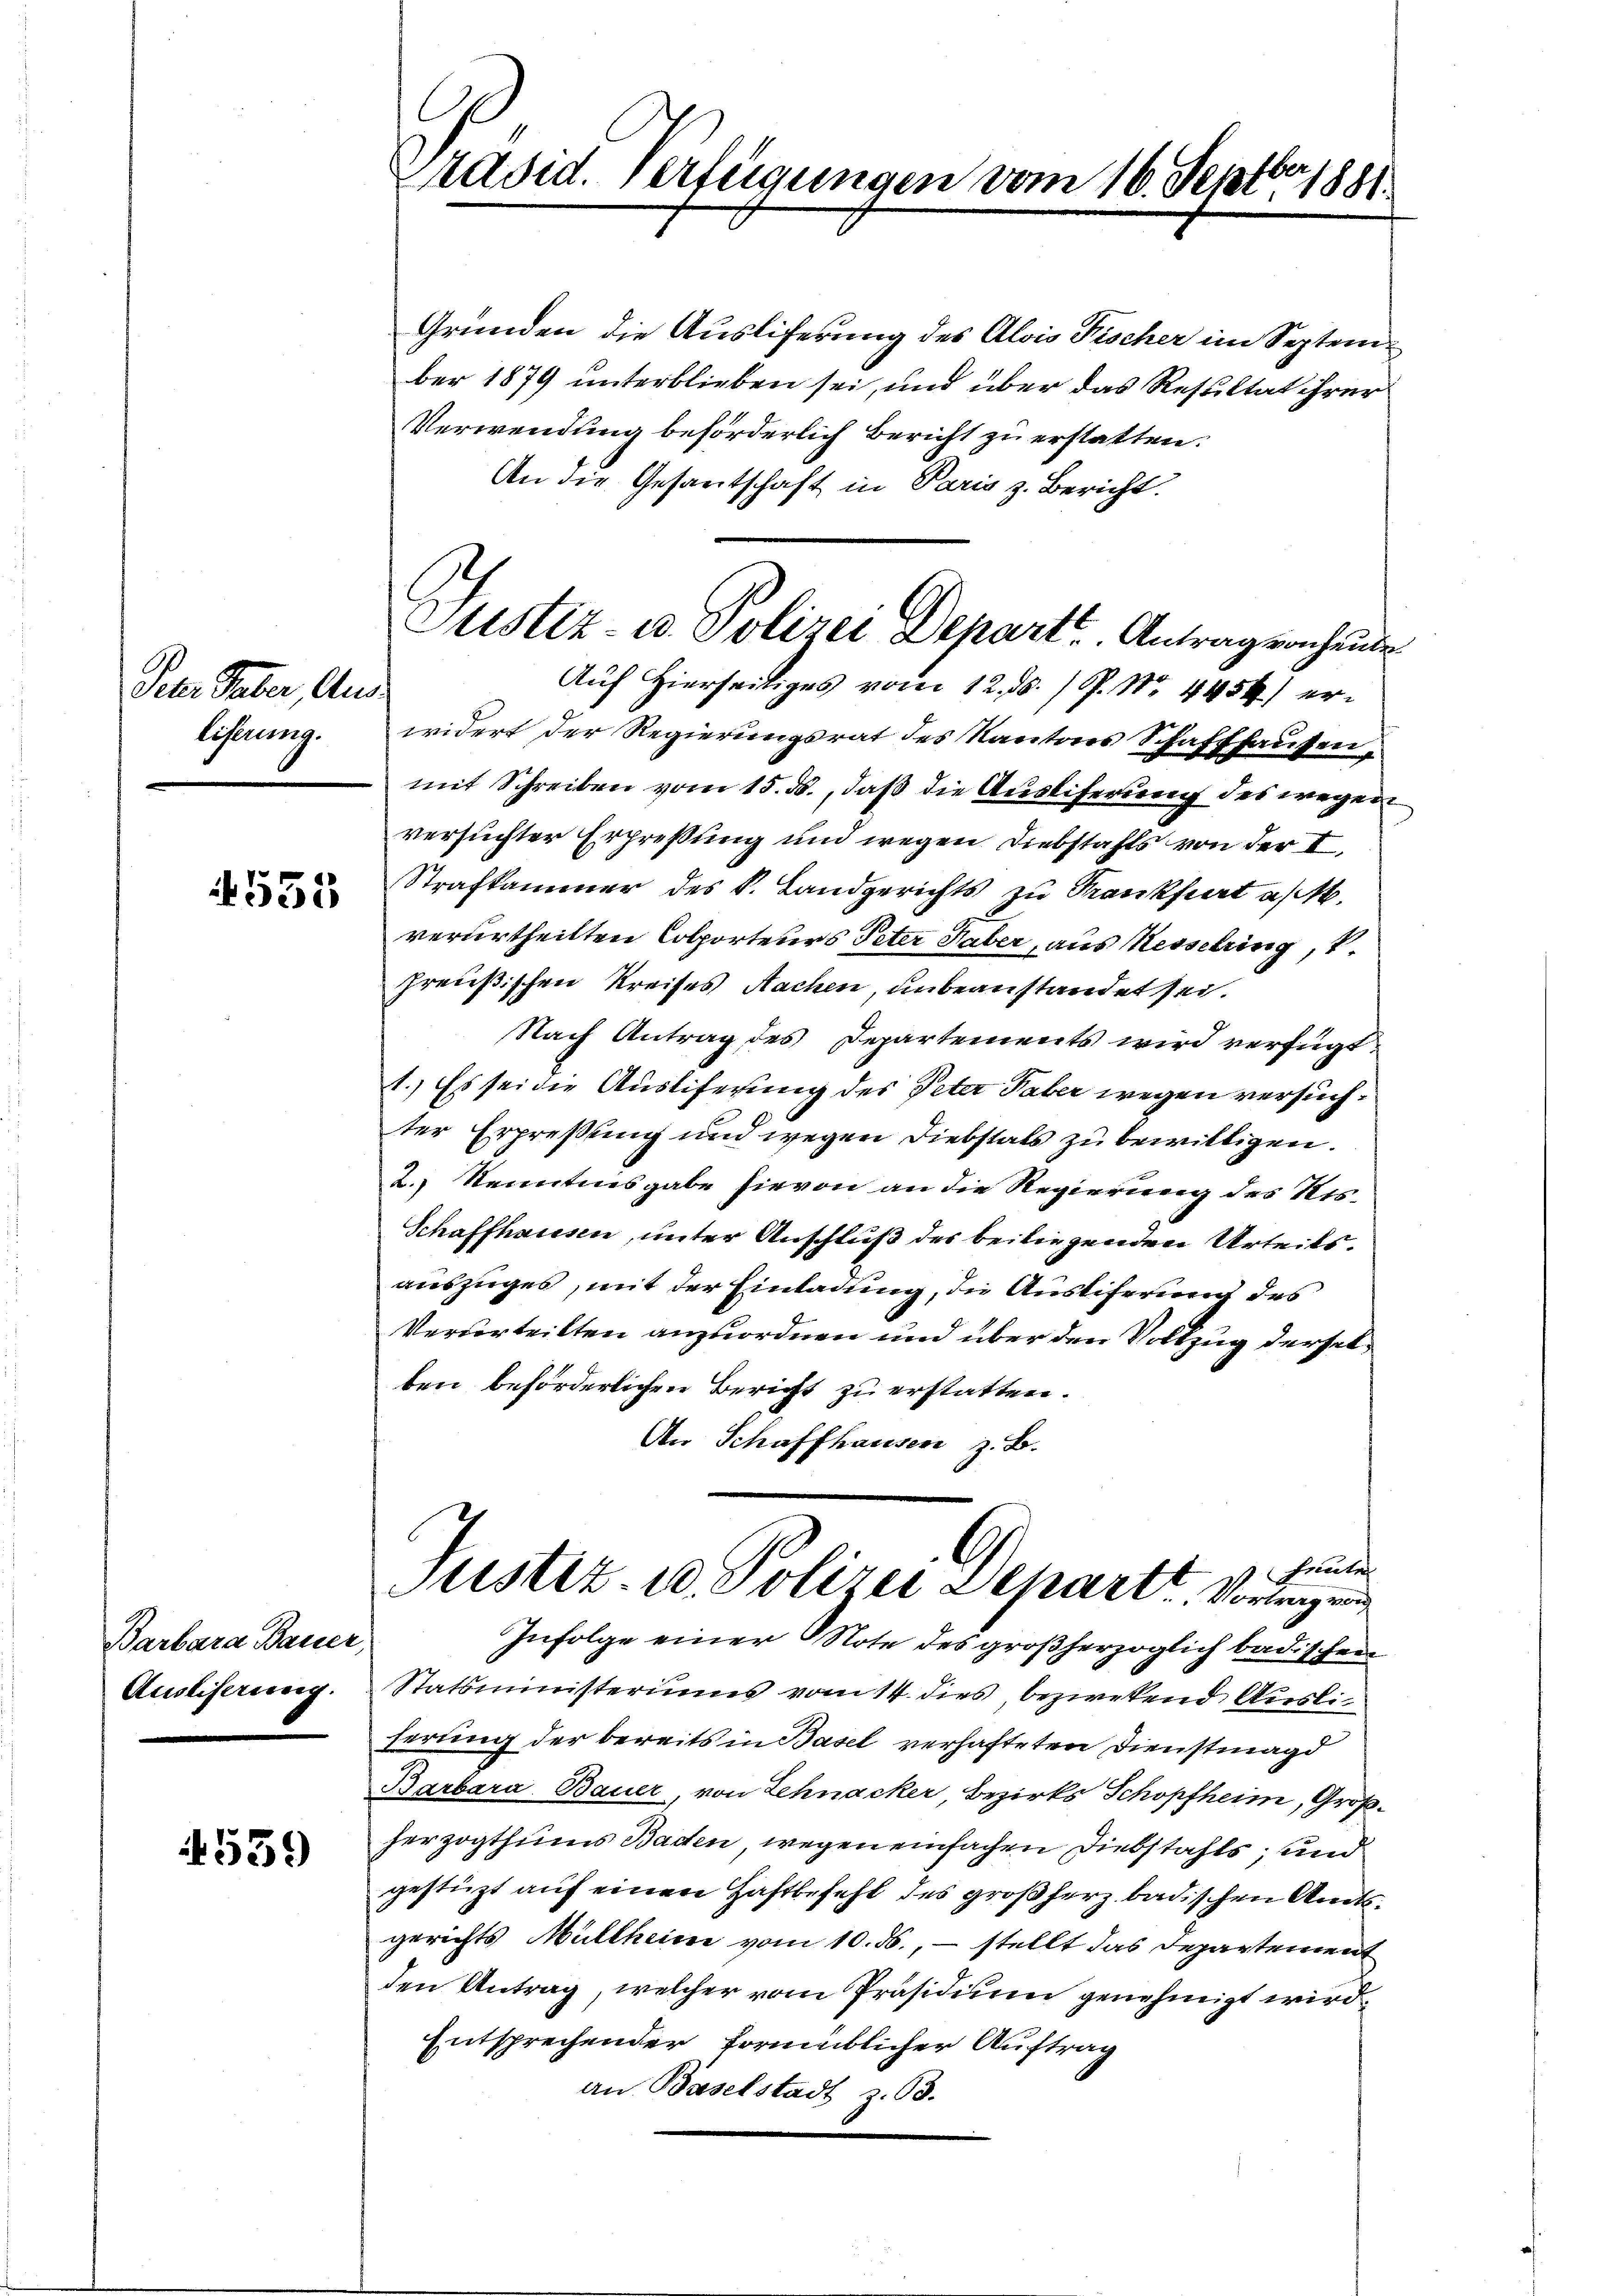
Peter aber, Aus-
liferung.

4555

Barbara Bauer,
Ausliserung.

4539

Präsid. Verfügungen vom 16. Septbr. 1881.

Gründen die Ausliferung des Alois Fischer im September 1879 unterblieben sei, und über das Resultat ihrer
Verwendung beförderlich Bericht zu erstatten.
An die Gesantschaft in Paris z. Bericht.
widert der Regierungsrat des Kantons Schaffhausenmit Schreiben vom 15. ds., daß die Auslieferung des wegen
versuchter Erpreßung und wegen Diebstahls von der I.
Strafkammer des k. Landgerichts zu Trankfurt a/M.
verurtheilten Colporteurs Peter Taber, aus Kesselringt.
preußischen Kreises Nachen, unbeanstandet sei.
Nach Antrag des Departements wird verfügt:
1.) Es sei die Ausliferung des Peter Taber wegen versuchter Erpreßung und wegen Diebstals zu bewilligen.
2. Kenntensgabe hievon an die Regierung des Ris-
Schaffhausen, unter Anschluß des beiliegenden Urteilsauszuges, mit der Einladung, die Ausliferung des
Vervorteilten anzuordnen und über den Vollzug derselben beförderlichen Bericht zu erstatten.
An Schaffhausen z. B.
G
haute
Justiz- u. Polizei Separte Vortrage
Infolge einer Note des großherzoglich badischen
Statsministeriums vom 14. dies bezwekend Ausliferung der bereits in Basel verhafteten Dienstmagd
Barbara Bauer, von Schnacker Bezirks Schopfheim, Großherzogthums Baden wegen einfachen Diebstahls, und
gestützt auf einen Haftbefehl des großherz badischen Amtsgerichts Müllheim vom 10. ds., – stellt das Departement
den Antrag, welcher vom Präsidium genehmigt wird,
Entsprechender formüblicher Auftrag
an Baselstadt z. B.

Justiz- u. Polizei Depart. Antrag vorhander
Auf Hierseitiges vom 12. ds. / P. Nr. 4454) er¬